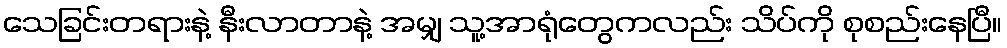
သေခြင်းတရားနဲ့ နီးလာတာနဲ့ အမျှ သူ့အာရုံတွေကလည်း သိပ်ကို စုစည်းနေပြီ။